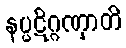
နပ္ပဋိဂ္ဂဏှာတိ